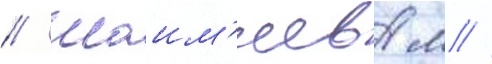
// Шаим'иев м //